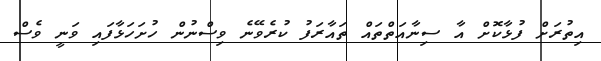
އިތުރަށް ފުޅާކޮށް އާ ސިނާއަތްތައް ތައާރަފު ކުރެވޭނެ ވިސްނުން ހުށަހަޅާފައި ވަނީ ވެސް